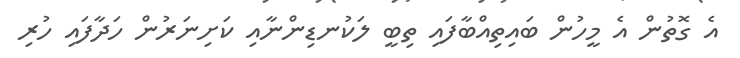
އެ ގޮތުން އެ މީހުން ބައިތިއްބާފައި ތިބީ ލަކުނޑިންނާއި ކަށިނަރުން ހަދާފައި ހުރި